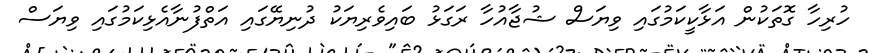
ހުރިހާ ގޮތަކުން އަޅާކީކަމުގައި ވިޔަސް ޝުޖާއުހާ ރަގަޅު ބައިވެރިޔަކު ދުނިޔޭގައި އަތްފުނާއެޅިކަމުގައި ވިޔަސް